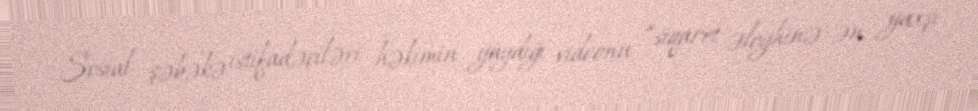
Sosial şəbəkə istifadəçiləri həkimin yaydığı videonu “siqaret əleyhinə ən yaxşı